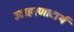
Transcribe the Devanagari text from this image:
उदाहरणादार्थ